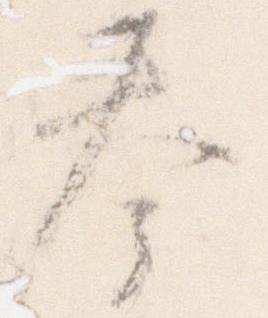
奉